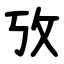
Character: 攷